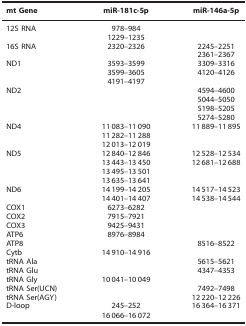
| mt Gene | miR-181c-5p | miR-146a-5p |
 | --- | --- | --- |
 | 12S RNA | 978–984 |  |
 |  | 1229–1235 |  |
 | 16S RNA | 2320–2326 | 2245–2251 |
 |  |  | 2361–2367 |
 | ND1 | 3593–3599 | 3309–3316 |
 |  | 3599–3605 | 4120–4126 |
 |  | 4191–4197 |  |
 | ND2 |  | 4594–4600 |
 |  |  | 5044–5050 |
 |  |  | 5198–5205 |
 |  |  | 5274–5280 |
 | ND4 | 11 083–11 090 | 11 889–11 895 |
 |  | 11 282–11 288 |  |
 |  | 12 013–12 019 |  |
 | ND5 | 12 840–12 846 | 12 528–12 534 |
 |  | 13 443–13 450 | 12 681–12 688 |
 |  | 13 495–13 501 |  |
 |  | 13 635–13 641 |  |
 | ND6 | 14 199–14 205 | 14 517–14 523 |
 |  | 14 401–14 407 | 14 538–14 544 |
 | COX1 | 6273–6282 |  |
 | COX2 | 7915–7921 |  |
 | COX3 | 9425–9431 |  |
 | ATP6 | 8976–8984 |  |
 | ATP8 |  | 8516–8522 |
 | Cytb | 14 910–14 916 |  |
 | tRNA Ala |  | 5615–5621 |
 | tRNA Glu |  | 4347–4353 |
 | tRNA Gly | 10 041–10 049 |  |
 | tRNA Ser(UCN) |  | 7492–7498 |
 | tRNA Ser(AGY) |  | 12 220–12 226 |
 | D-loop | 245–252 | 16 364–16 371 |
 |  | 16 066–16 072 |  |